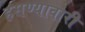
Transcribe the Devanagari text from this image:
हसण्यावारी